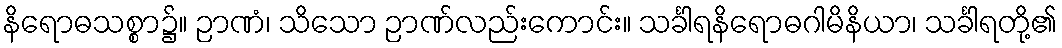
နိရောဓသစ္စာ၌။ ဉာဏံ၊ သိသော ဉာဏ်လည်းကောင်း။ သင်္ခါရနိရောဓဂါမိနိယာ၊ သင်္ခါရတို့၏